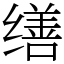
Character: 缮